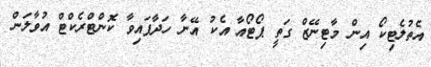
އެތުލެޓިކޯ އިން މާޓިނޭޒް ގަތީ ޕޯޓޯއާ އެކު އޭނާ ހަދާފައިވާ ކޮންޓްރެކްޓް އުވާލަން